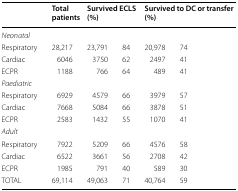
|  | Total patients | <COLSPAN=2> Survived ECLS (%) | <COLSPAN=2> Survived to DC or transfer (%) |
 | --- | --- | --- | --- | --- | --- |
 | <COLSPAN=6> Neonatal |
 | Respiratory | 28,217 | 23,791 | 84 | 20,978 | 74 |
 | Cardiac | 6046 | 3750 | 62 | 2497 | 41 |
 | ECPR | 1188 | 766 | 64 | 489 | 41 |
 | <COLSPAN=6> Paediatric |
 | Respiratory | 6929 | 4579 | 66 | 3979 | 57 |
 | Cardiac | 7668 | 5084 | 66 | 3878 | 51 |
 | ECPR | 2583 | 1432 | 55 | 1070 | 41 |
 | <COLSPAN=6> Adult |
 | Respiratory | 7922 | 5209 | 66 | 4576 | 58 |
 | Cardiac | 6522 | 3661 | 56 | 2708 | 42 |
 | ECPR | 1985 | 791 | 40 | 589 | 30 |
 | TOTAL | 69,114 | 49,063 | 71 | 40,764 | 59 |